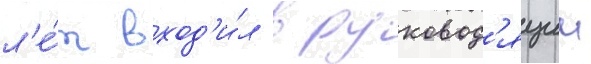
л'е́т вход'и́л в руковод'ящии